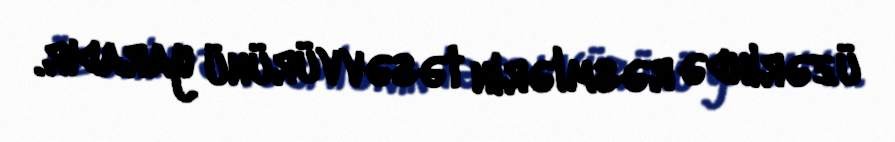
üzərində rəsmlərin təsəvvürünü yaradır.